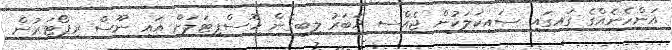
އަންހެނެއްގެ ގައިގައި ސައިކަލަކުން ޖެއްސި ޚަބަރު ލިބިގެން ހޮސްޕިޓަލަށް އައި ނޫސް ރިޕޯޓަރުން